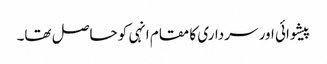
پیشوائی اور سرداری کا مقام انہی کو حاصل تھا۔